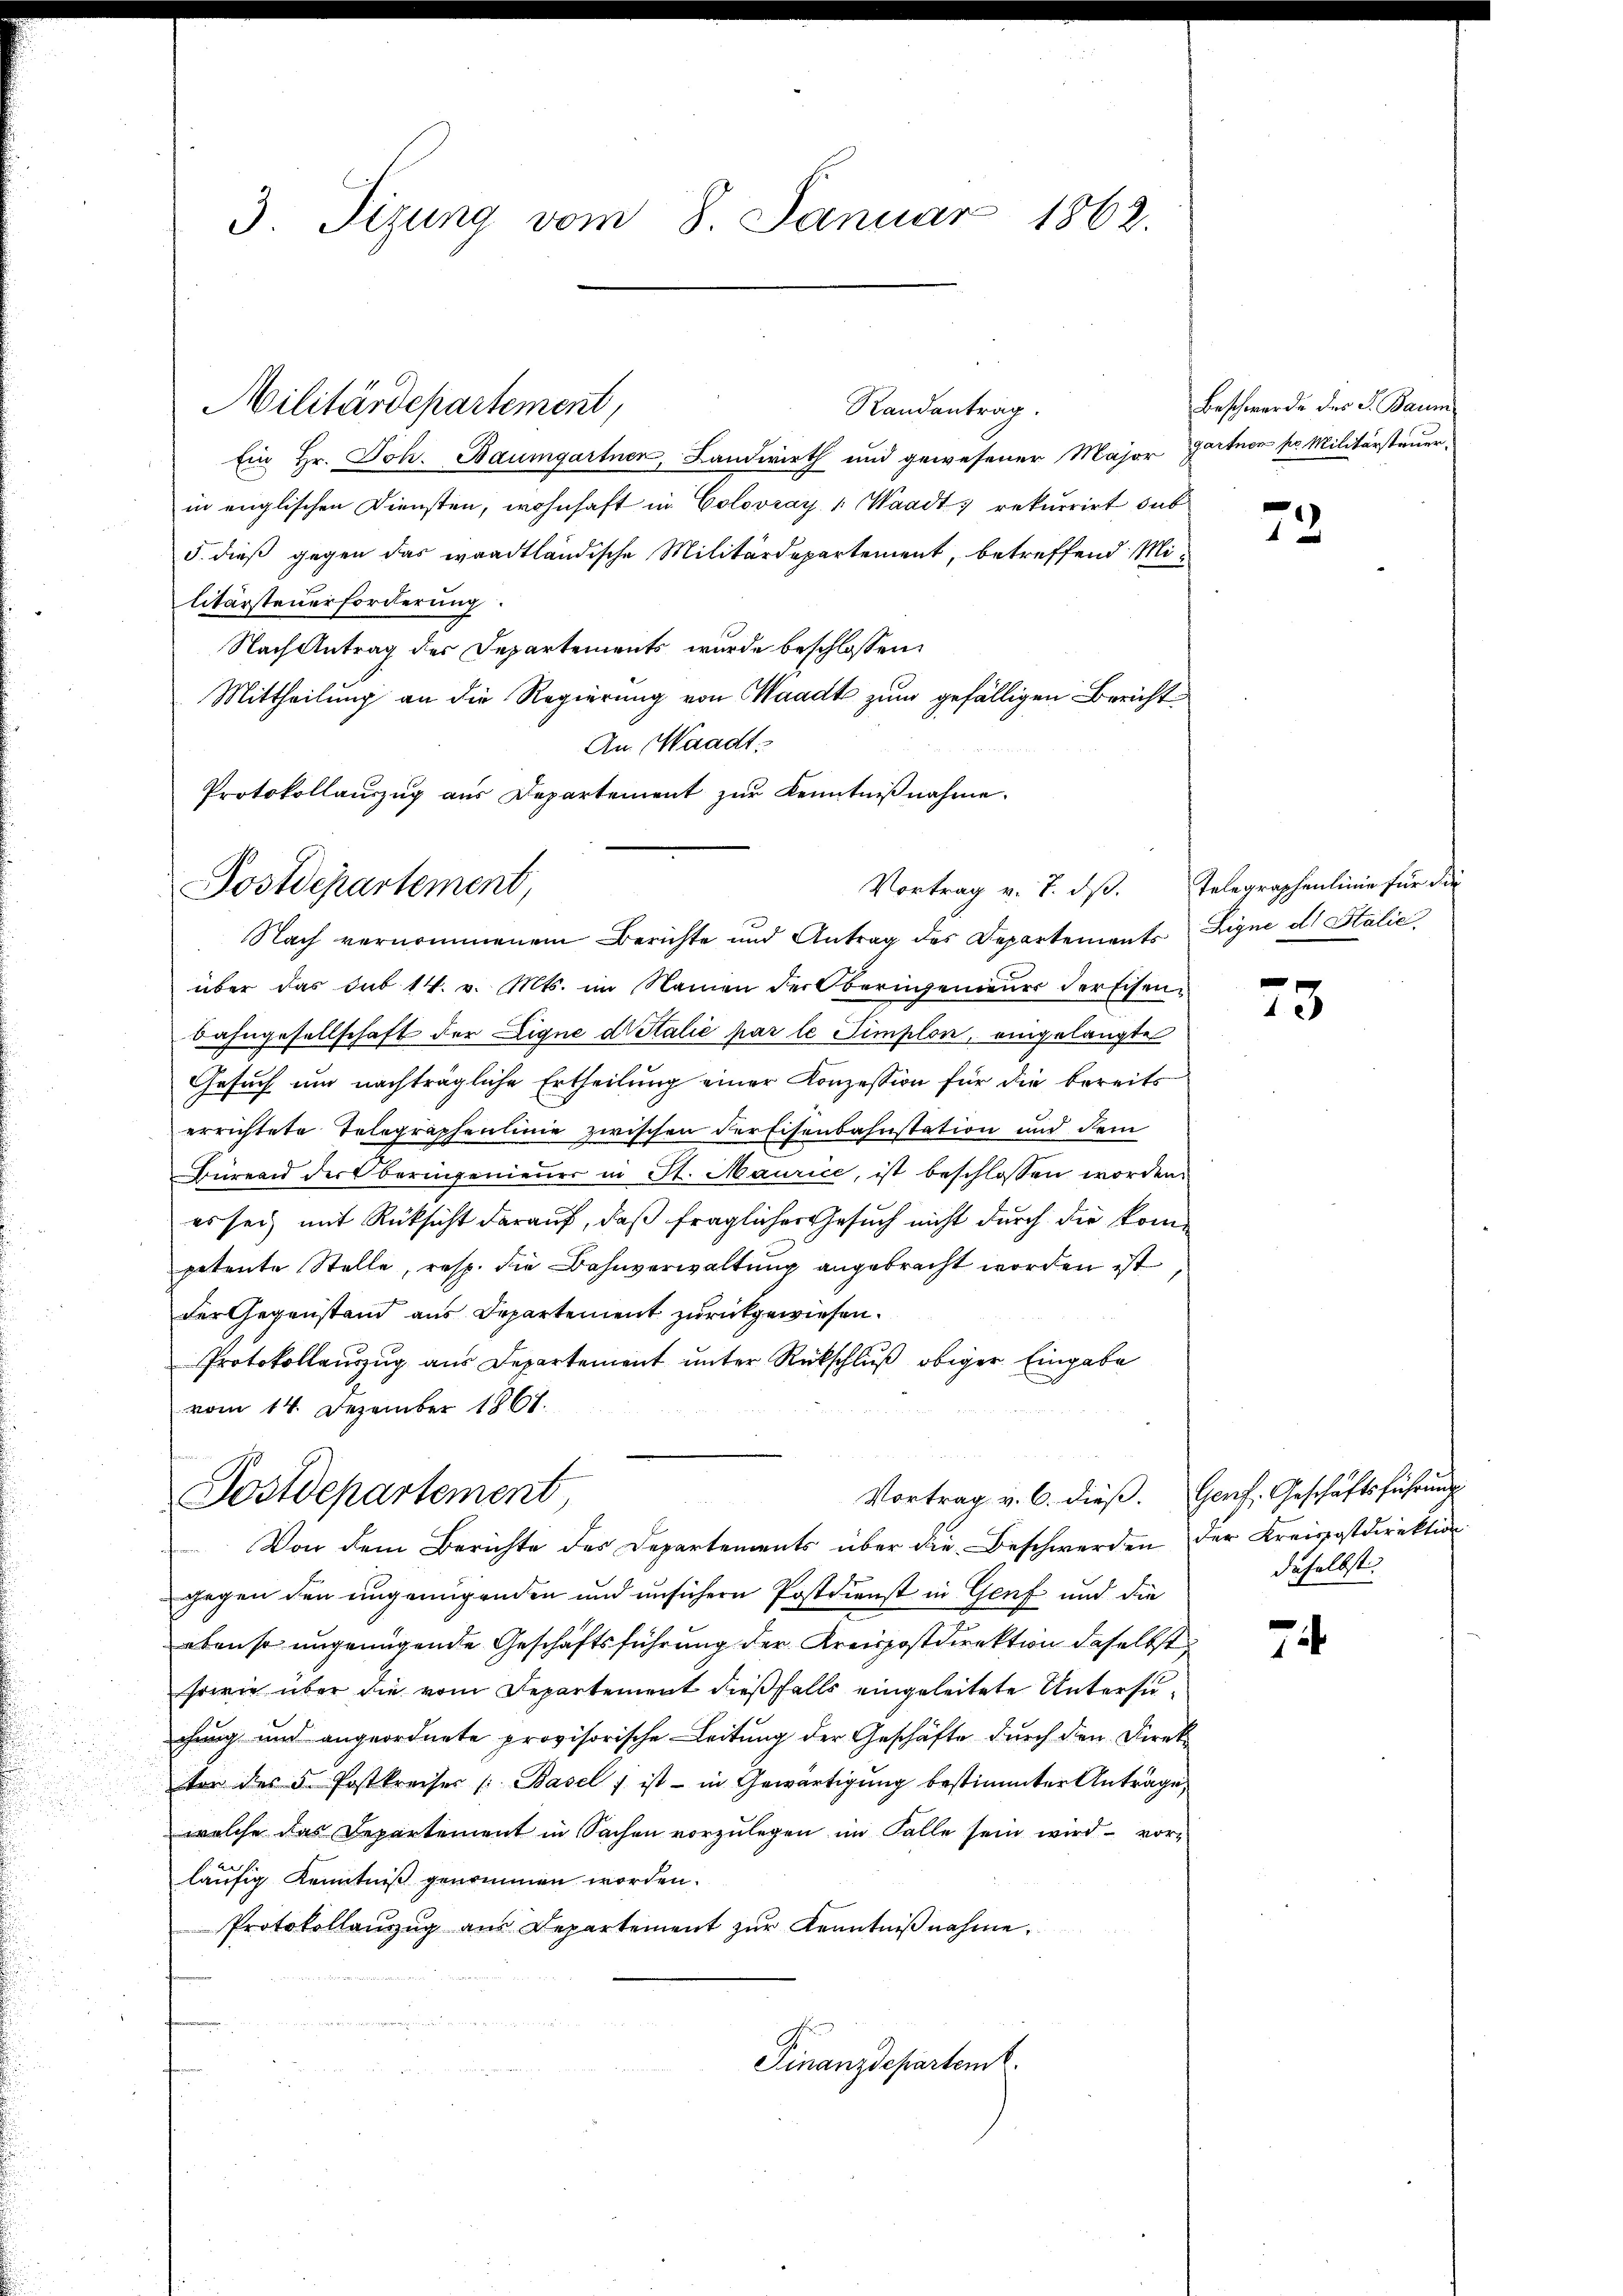
3. Tizung vom 8. Januar 1862.

Randantrag.
Ein Hr. Joh. Baumgartner, Landwirth und gewesener Major Gartner pr. Militärsteuerin englischen Diensten, wohnhaft in Colovray 1 Waadt, rekurrirt sub
5. dieß gegen das waadtländische Militärdepartement, betreffend Militärsteuerforderung
Nach Antrag des Departements wurde beschlossen:
Mittheilung an die Regierung von Waadt zum gefälligen Bericht¬
An Waadt,
Protokollauszug aus Departement zur Kenntnißnahme.

Militärdepartement,

Postdepartement,

Nach vernommenem Berichte und Antrag des Departements Signe d. Stalie
über das sub 14. v. Mts. im Namen der Oberingenieur der Eisen-
Bahngesellschaft der Eigne dr Stalie par le Simplon, eingelangte
Gesuch um nachträgliche Ertheilung einer Konzession für die bereits
errichtete Telegraphenlinie zwischen der Eisenbahnstation und dem
Büreau der Oberingenieurs in St. Maurice, ist beschlossen worden.
es sei mit Rücksicht darauf, daß fraglicher Gesuch nicht durch die kompetente Stelle, resp. die Bahnverwaltung angebracht worden ist
der Gegenstand aus Departement zurückgewiesen.
Protokollauszug aus Departement unter Rückschluß obiger Eingabe
vom 14. Dezember 1861.

Postdepartement

Vortrag v. 6. dieß. Genf, Geschäftsführung

Beschwerde des S. Baum

Von dem Berichte des Departements über die Beschwerden der Kreispostdirektion
gegen den ungenügenden und unsichern Postdienst in Genf und die
ebenso ungenügende Geschäftsführung der Kreispostdirektion daselbst
sowie über die vom Departement dießfalls eingeleitete Untersuchung und angeordnete provisorische Leitung der Geschäfte durch den Direkvor des 5. Postkreises /: Basel 1 ist in Gewärtigung bestimmter Anträge
welche das Departement in Sachen vorzulegen im Falle sein wird — vorläufig Kenntniß genommen worden.
Protokollanzug aus Departement zŭr Kenntniβnahme.
Finanzdepartemt.

73

Vortrag v. 7. dβ. Telegraphenlinie für die

75

daselbst.

7